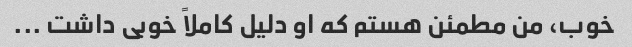
خوب، من مطمئن هستم که او دلیل کاملاً خوبی داشت ...